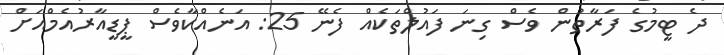
ދެ ޓީމުގެ ފަރާތުން ވެސް ގިނަ ފައުލްތަކެއް ފެނޭ 25: އަނެއްކާވެސް ޕީޑީއާރުއެމްއަށް